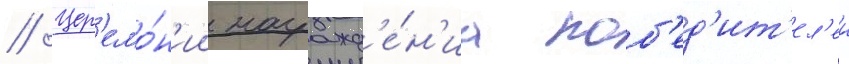
// Цер'емо́н'ии награжд'е́н'иа поб'ед'ит'ел'еи